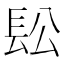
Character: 𨱛